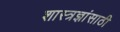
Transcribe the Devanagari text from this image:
शास्त्रज्ञांसाठी